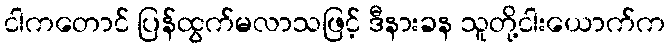
ငါကတောင် ပြန်ထွက်မလာသဖြင့် ဒီနားခန သူတို့ငါးယောက်က